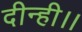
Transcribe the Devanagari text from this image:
दीन्ही।।